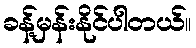
ခန့်မှန်းနိုင်ပါတယ်။